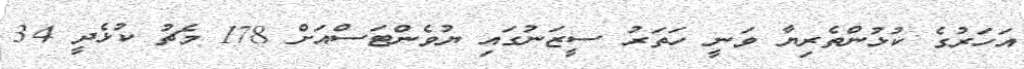
އަހަރުގެ ކުޅުންތެރިޔާ ވަނީ ހަތަރު ސީޒަނުގައި ޔުވެންޓަސްއަށް 178 މެޗު ކުޅެދީ 34